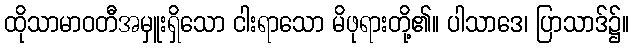
ထိုသာမာဝတီအမှူးရှိသော ငါးရာသော မိဖုရားတို့၏။ ပါသာဒေ၊ ပြာသာဒ်၌။